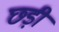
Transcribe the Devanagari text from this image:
छ्ड़ी